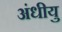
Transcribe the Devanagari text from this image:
अंधीयु